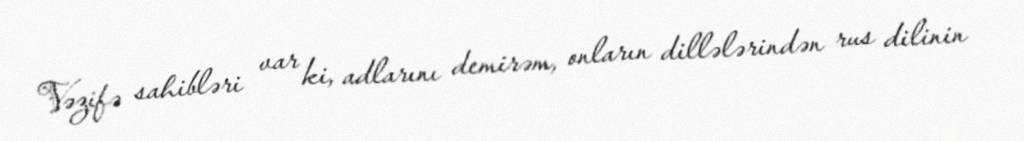
Vəzifə sahibləri var ki, adlarını demirəm, onların dillələrindən rus dilinin